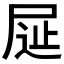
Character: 𡱦